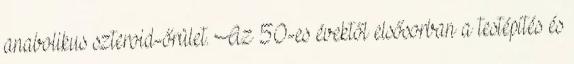
anabolikus szteroid-őrület. Az 50-es évektől elsősorban a testépítés és